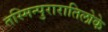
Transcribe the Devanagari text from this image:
तस्मिन्पुरारातिलोके